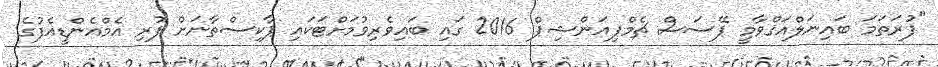
"ފުރަތަމަ ބައިނަލްއަޤްވާމީ ޕޭސަސް ޗެމްޕިއަންޝިޕް 2016 ގައި ބައިވެރިވުމަށްޓަކައި ޕާކިސްތާނަށް ފުރި އެމްއެންޑީއެފުގެ